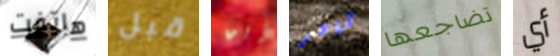
هاتفت قبل أين شاعر تضاجعها أي